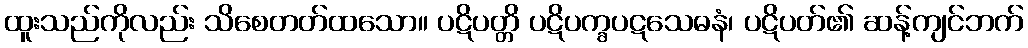
ထူးသည်ကိုလည်း သိစေတတ်ထသော။ ပဋိပတ္တိ ပဋိပက္ခပဋသေဓနံ၊ ပဋိပတ်၏ ဆန့်ကျင်ဘက်